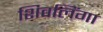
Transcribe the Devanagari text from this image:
शिवलिंगा